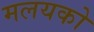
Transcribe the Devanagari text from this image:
मलयको